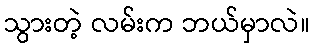
သွားတဲ့ လမ်းက ဘယ်မှာလဲ။